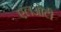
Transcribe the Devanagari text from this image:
एलओटी